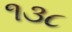
૧૩૮